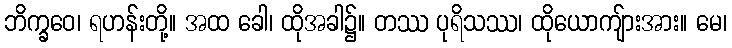
ဘိက္ခဝေ၊ ရဟန်းတို့။ အထ ခေါ၊ ထိုအခါ၌။ တဿ ပုရိသဿ၊ ထိုယောကျ်ားအား။ မေ၊